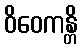
ဝိဝေကန္တိ